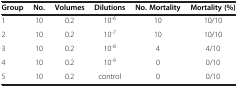
<table><thead><tr><td><b>Group</b></td><td><b>No.</b></td><td><b>Volumes</b></td><td><b>Dilutions</b></td><td><b>No. Mortality</b></td><td><b>Mortality (%)</b></td></tr></thead><tbody><tr><td>1</td><td>10</td><td>0.2</td><td>10<sup>-6</sup></td><td>10</td><td>10/10</td></tr><tr><td>2</td><td>10</td><td>0.2</td><td>10<sup>-7</sup></td><td>10</td><td>10/10</td></tr><tr><td>3</td><td>10</td><td>0.2</td><td>10<sup>-8</sup></td><td>4</td><td>4/10</td></tr><tr><td>4</td><td>10</td><td>0.2</td><td>10<sup>-9</sup></td><td>0</td><td>0/10</td></tr><tr><td>5</td><td>10</td><td>0.2</td><td>control</td><td>0</td><td>0/10</td></tr></tbody></table>